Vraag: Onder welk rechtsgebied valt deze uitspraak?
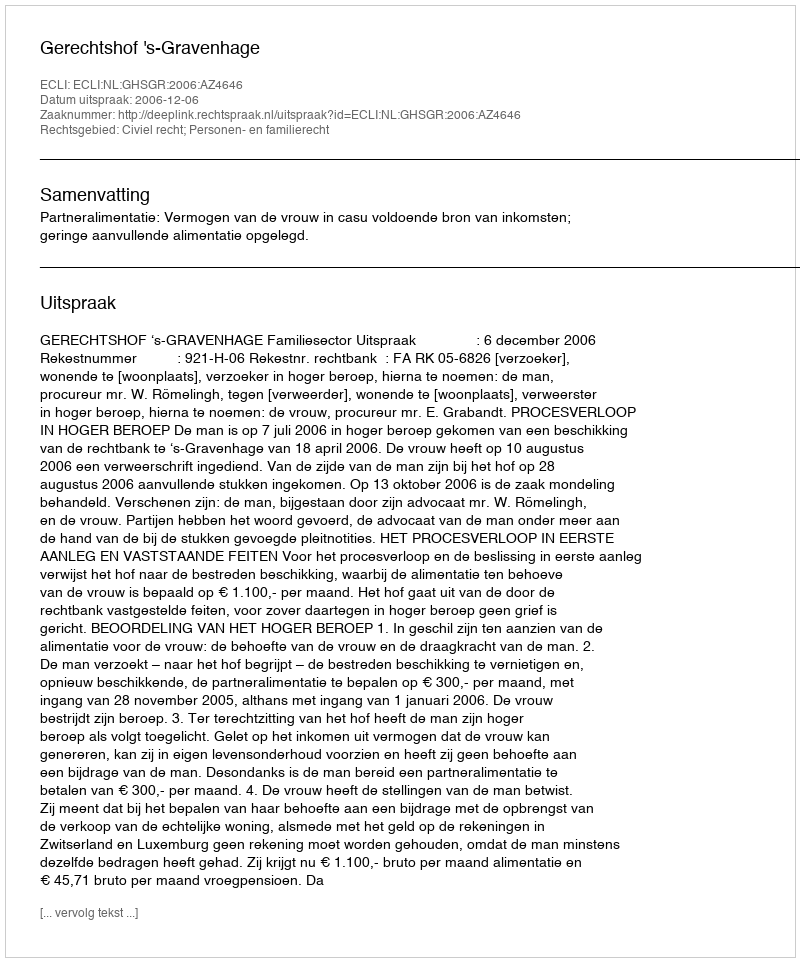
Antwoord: Civiel recht; Personen- en familierecht